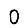
Digit: 0